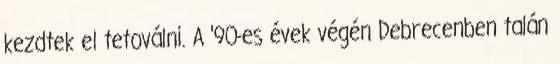
kezdtek el tetoválni. A ’90-es évek végén Debrecenben talán